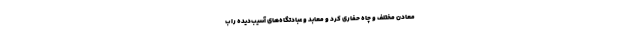
معادن مختلف و چاه حفاری کرد و معابد و عبادتگاه‌های آسیب‌دیده را ب